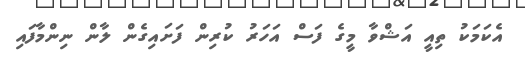
އެކަމަކު ތިއީ އަޝްވާ މީގެ ފަސް އަހަރު ކުރިން ފަށައިގެން ލާން ނިންމާފައި